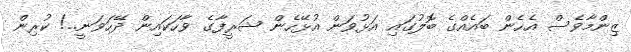
ޒިންމާވެސް އެހެން ބައެއްގެ ބޮލުގައި އަޅުވަން އުޅޭހެން ޝަރީފާގެ ވާހަކައިން ދޭހަވަނީ..! ކުރިން